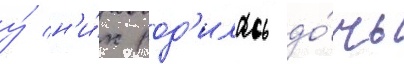
у́ н'и́х род'илась до́чь